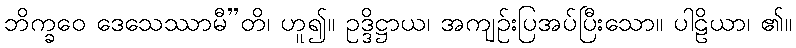
ဘိက္ခဝေ ဒေသေဿာမီ”တိ၊ ဟူ၍။ ဥဒ္ဒိဋ္ဌာယ၊ အကျဉ်းပြအပ်ပြီးသော။ ပါဠိယာ၊ ၏။